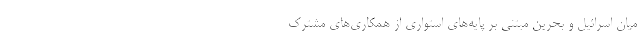
میان اسرائیل و بحرین مبتنی بر پایه‌های استواری از همکاری‌های مشترک